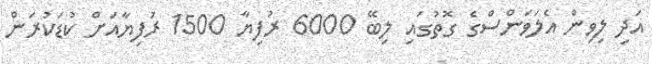
އަދި ލިވިން އެލަވަންސްގެ ގޮތުގައި ލިބޭ 6000 ރުފިޔާ 1500 ރުފިޔާއަށް ކުޑަކުރަން